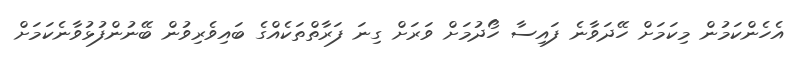
އެހެންކަމުން މިކަމަށް ހޭދަވާނެ ފައިސާ ހޯދުމަށް ވަރަށް ގިނަ ފަރާތްތަކެއްގެ ބައިވެރިވުން ބޭނުންފުޅުވާނެކަމަށް